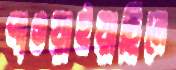
পাওয়াইয়াছিলে